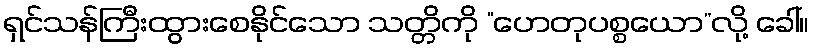
ရှင်သန်ကြီးထွားစေနိုင်သော သတ္တိကို “ဟေတုပစ္စယော”လို့ ခေါ်။